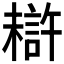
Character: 𰘦